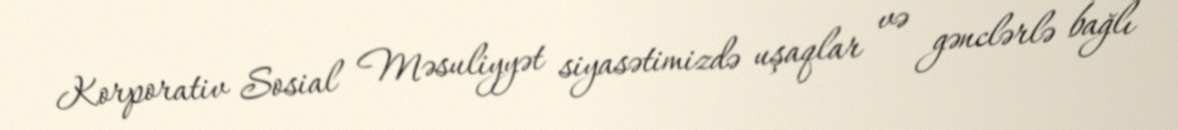
Korporativ Sosial Məsuliyyət siyasətimizdə uşaqlar və gənclərlə bağlı